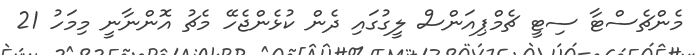
މެންޗެސްޓާ ސިޓީ ޗެމްޕިއަންސް ލީގުގައި ދެން ކުޅެންޖެހޭ މެޗު އޮންނާނީ މިމަހު 21